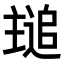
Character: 𬻾